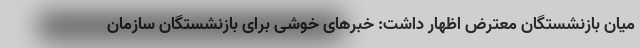
میان بازنشستگان معترض اظهار داشت: خبرهای خوشی برای بازنشستگان سازمان